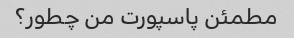
مطمئن پاسپورت من چطور؟